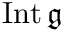
\operatorname { I n t } { \mathfrak { g } }